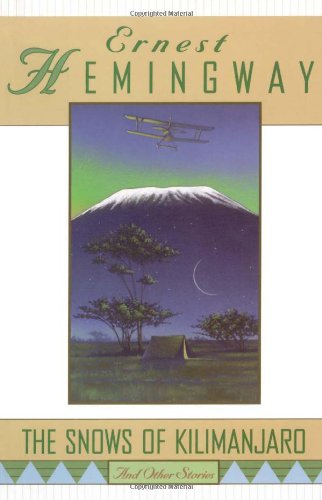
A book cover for The Snows of Kilimanjaro and Other Stories; Ernest Hemingway; Literature & Fiction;